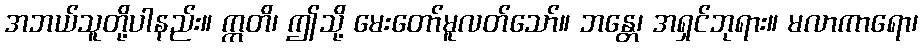
အဘယ်သူတို့ပါနည်း။ ဣတိ၊ ဤသို့ မေးတော်မူလတ်သော်။ ဘန္တေ၊ အရှင်ဘုရား။ မလာကာရော၊